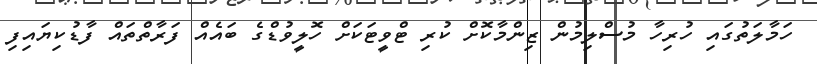
ހަމާލަތުގައި ހުރިހާ މުސްލިމުން ޒިންމާކޮށް ކުރި ޓްވީޓަކަށް ހޮލީވުޑްގެ ބައެއް ފަރާތްތައް ފާޑުކިޔައިފި